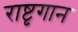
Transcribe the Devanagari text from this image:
राष्टृगान